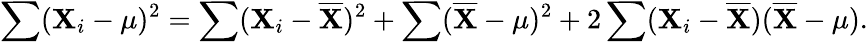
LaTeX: \sum(\mathbf{X}_{i}-\mu)^{2}=\sum(\mathbf{X}_{i}-{\overline{{{\mathbf{X}}}}})^{2}+\sum({\overline{{{\mathbf{X}}}}}-\mu)^{2}+2\sum(\mathbf{X}_{i}-{\overline{{{\mathbf{X}}}}})({\overline{{{\mathbf{X}}}}}-\mu).